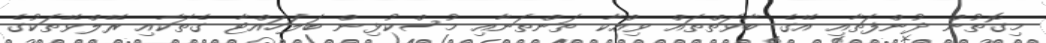
މިގޮތުން ދުންފަތާއި އޭގެ ބާވަތްތައް ވިއްކާ ތަންތަނާއި މުސްކުޅިން ބަލަހައްޓާ ގެތަކާއި ރޭލްވޭތަކުގެ